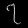
Digit: ၇